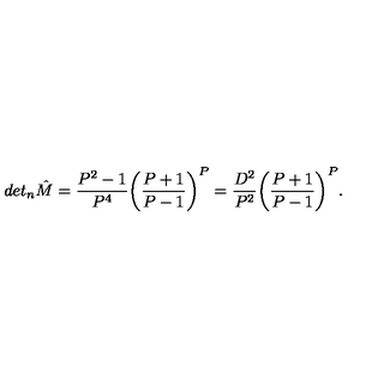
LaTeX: d e t _ { n } { \hat { M } } = \frac { P ^ { 2 } - 1 } { P ^ { 4 } } \bigg ( \frac { P + 1 } { P - 1 } \bigg ) ^ { P } = \frac { D ^ { 2 } } { P ^ { 2 } } \bigg ( \frac { P + 1 } { P - 1 } \bigg ) ^ { P } .